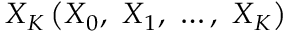
\boldsymbol { X } _ { K } \left( \boldsymbol { X } _ { 0 } , \ \boldsymbol { X } _ { 1 } , \ \ldots , \ \boldsymbol { X } _ { K } \right)